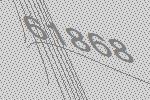
61868